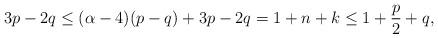
LaTeX: \begin{align*}3p-2q\leq (\alpha-4)(p-q)+3p-2q=1+n+k\leq 1+\dfrac{p}{2}+q,\end{align*}